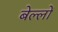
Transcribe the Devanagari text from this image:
बेल्लों